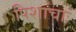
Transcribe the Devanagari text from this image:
पिशाचाः